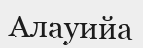
Алауийа